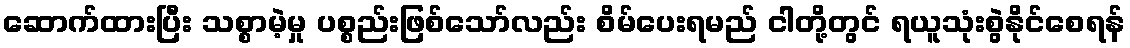
ဆောက်ထားပြီး သစ္စာမဲ့မှု ပစ္စည်းဖြစ်သော်လည်း စိမ်ပေးရမည် ငါတို့တွင် ရယူသုံးစွဲနိုင်စေရန်